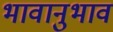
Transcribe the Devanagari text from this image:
भावानुभाव